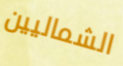
الشماليين